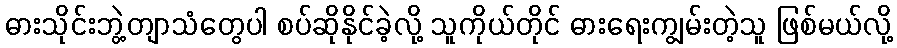
ဓားသိုင်းဘွဲ့တျာသံတွေပါ စပ်ဆိုနိုင်ခဲ့လို့ သူကိုယ်တိုင် ဓားရေးကျွမ်းတဲ့သူ ဖြစ်မယ်လို့